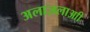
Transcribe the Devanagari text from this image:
अलाज़लाआी